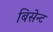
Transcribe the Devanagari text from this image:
बिसेन्ट